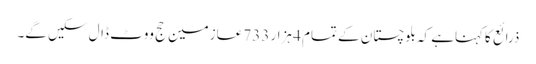
ذرائع کاکہناہے کہ بلوچستان کے تمام 4 ہزار 733 عازمین حج ووٹ ڈال سکیں گے۔